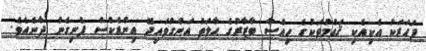
ފަހަރަކު އެކިއެކި ޤައުމުތަކުގެ ހިއްސާ ބާޒާރުގެ ޙާލަތު އަންގުވައިދޭ އިންޑެކްސް ފެނިގެން ދާނެއެވެ.